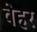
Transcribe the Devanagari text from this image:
वेहर